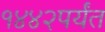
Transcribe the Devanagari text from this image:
१४४२पर्यंत